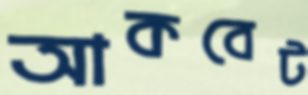
আকবেট